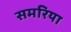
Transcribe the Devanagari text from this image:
समरिया